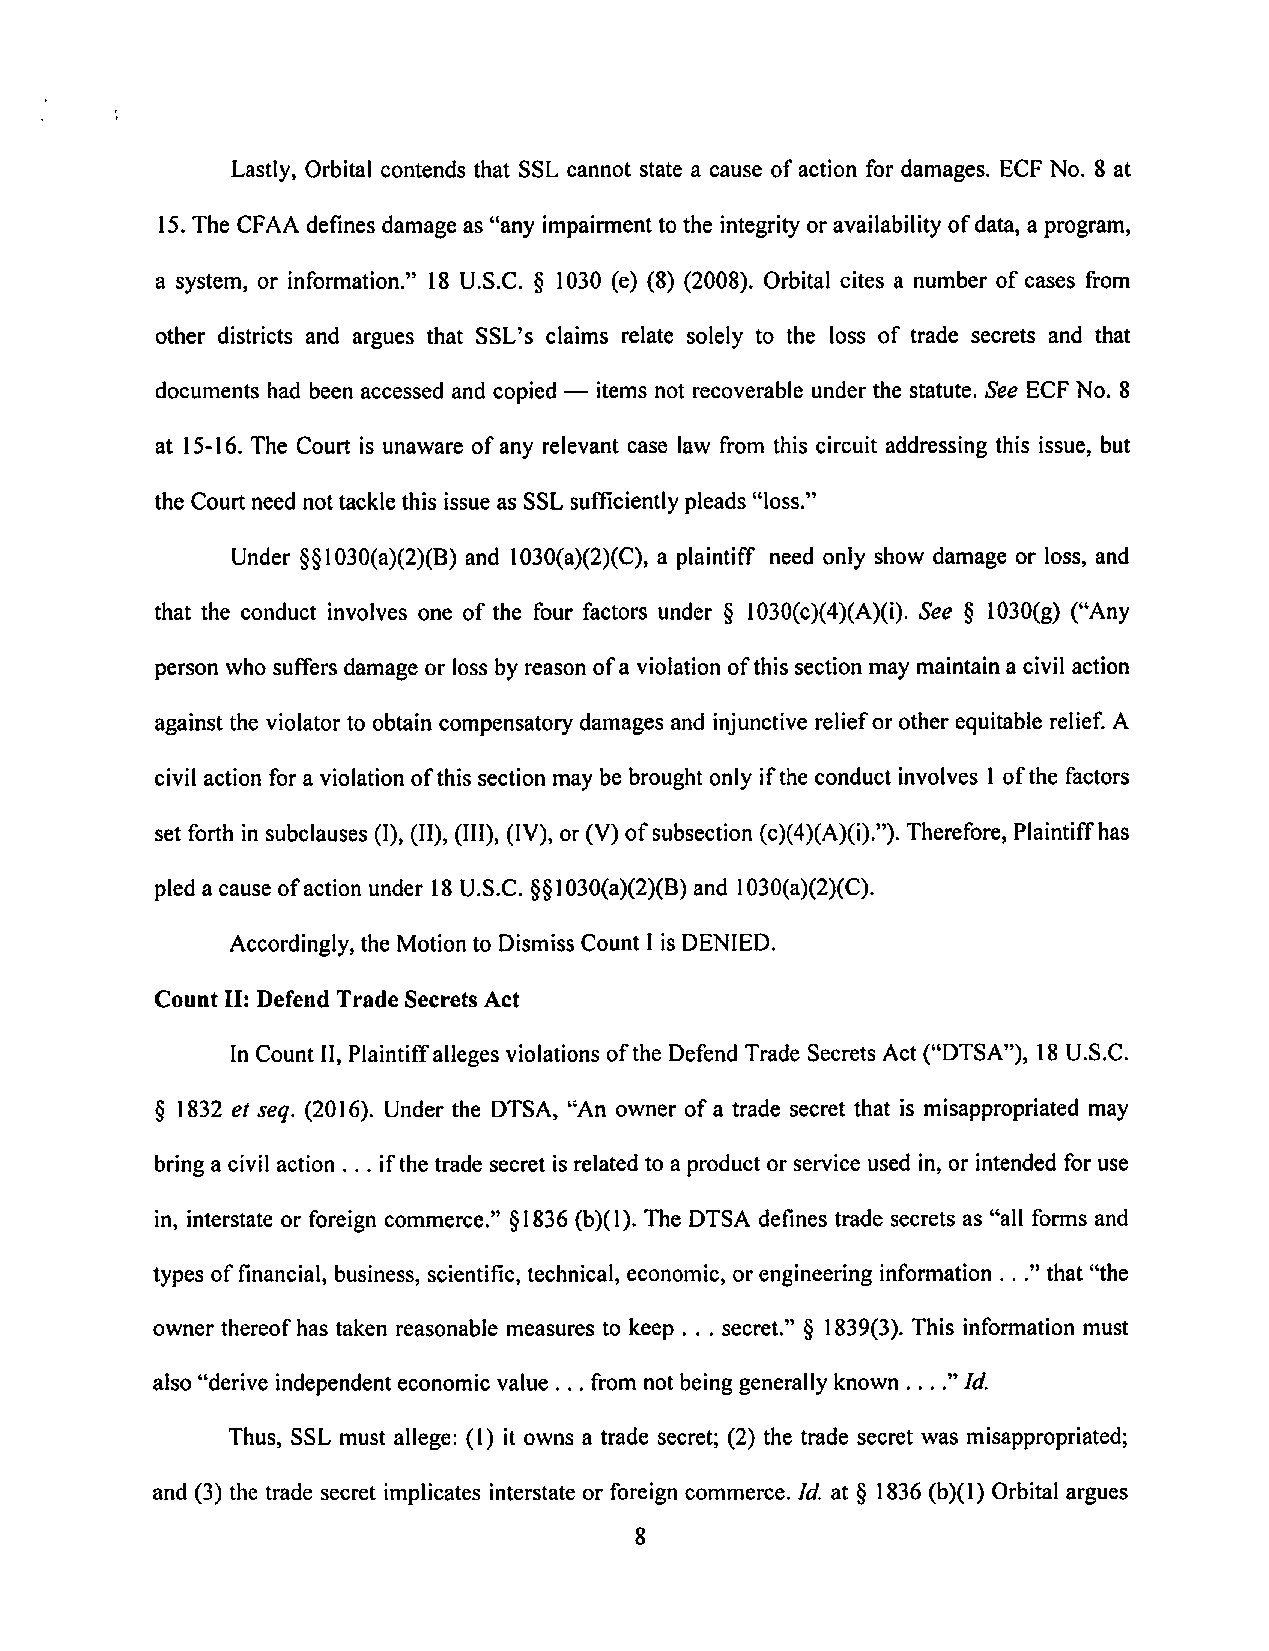
Lastly, Orbital contends that SSL cannot state a cause ofaction for damages. ECF No. 8 at
 15.The CFAAdefines damage as "any impairmenttothe integrityor availability ofdata, a program,
 a system, or information." 18 U.S.C. § 1030 (e) (8) (2008). Orbital cites a number of cases from
 other districts and argues that SSL's claims relate solely to the loss of trade secrets and that
 documents had been accessed and copied — items not recoverable under the statute. See ECF No. 8
 at 15-16.The Court is unaware ofany relevant case law from this circuit addressing this issue, but
 the Court need not tackle this issue as SSL sufficientlypleads "loss."
 Under §§1030(a)(2)(B) and 1030(a)(2)(C), a plaintiff need only show damage or loss, and
 that the conduct involves one of the four factors under § 1030(c)(4)(A)(i). See § 1030(g) ("Any
 personwhosuffersdamageor lossbyreasonofa violationofthissectionmaymaintainacivilaction
 againsttheviolatortoobtaincompensatory damagesand injunctive relieforotherequitablerelief.A
 civil action fora violationofthis section maybe broughtonly iftheconduct involves 1ofthe factors
 setforth insubclauses(I),(II),(III),(IV),or(V)ofsubsection(c)(4)(A)(i).").Therefore,Plaintiffhas
 pled acause ofaction under 18U.S.C. §§1030(a)(2)(B)and 1030(a)(2)(C),
 Accordingly, the Motion to DismissCount I isDENIED.
 Count II: Defend TradeSecrets Act
 InCountII,Plaintiffallegesviolationsofthe DefendTradeSecretsAct("DTSA"), 18U.S.C.
 § 1832et seq. (2016). Under the DTSA, "An owner ofa trade secret that is misappropriatedmay
 bringa civilaction ... ifthe trade secret isrelatedto a product orservice usedin,or intendedfor use
 in, interstateor foreigncommerce." §1836(b)(1). The DTSA defines trade secrets as "all forms and
 types offinancial, business, scientific, technical, economic, or engineering information . .." that "the
 owner thereofhas taken reasonable measures to keep . . . secret." § 1839(3). This information must
 also "derive independenteconomic value ... from notbeinggenerally known . ..."Id.
 Thus, SSL must allege: (1) it owns a trade secret; (2) the trade secret was misappropriated;
 and (3) the trade secret implicates interstate or foreign commerce. Id. at § 1836(b)(1) Orbital argues
 8